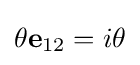
\theta \mathbf {e} _{12}=i\theta